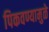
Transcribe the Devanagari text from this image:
पिकवण्यामुळे